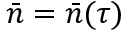
\bar { n } = \bar { n } ( \tau )